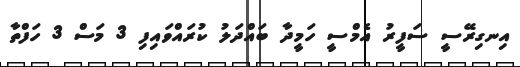
އިނގިރޭސީ ސަފީރު އެމްސީ ހަމީދާ ބައްދަލު ކުރައްވައިފި 3 މަސް 3 ހަފްތާ